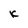
Character: k